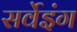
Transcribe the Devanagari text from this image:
सर्वेइंग